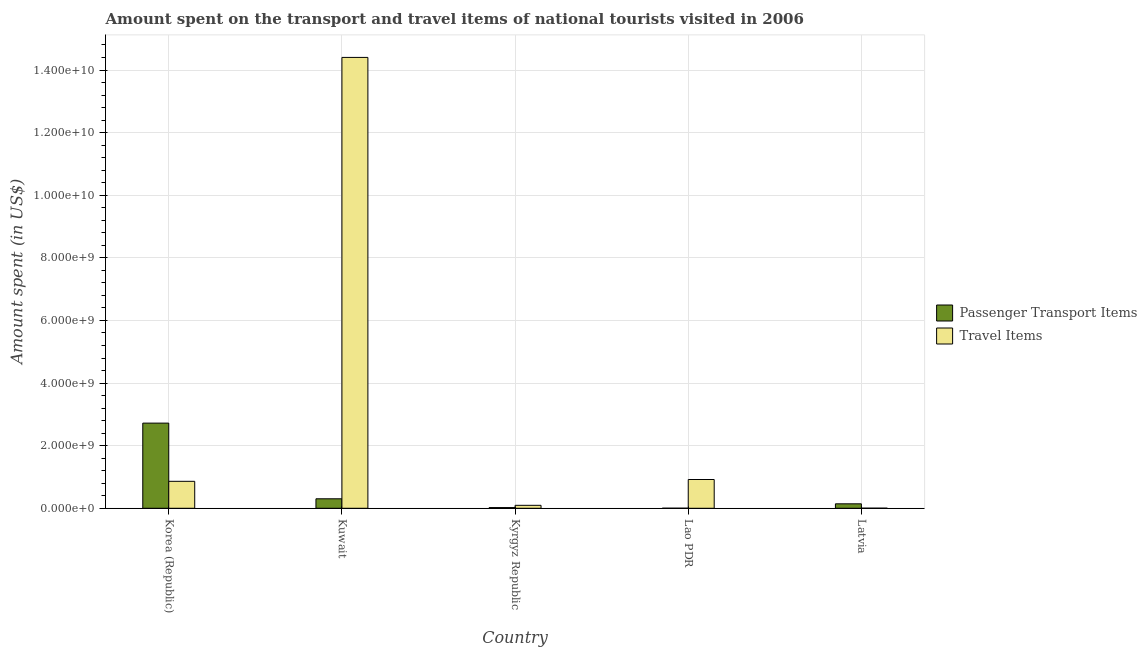
| Country | Passenger Transport Items | Travel Items |
 | --- | --- | --- |
 | Korea (Republic) | 2.72e+09 | 8.61e+08 |
 | Kuwait | 3.03e+08 | 1.44e+10 |
 | Kyrgyz Republic | 2.2e+07 | 9.4e+07 |
 | Lao PDR | 2e+06 | 9.19e+08 |
 | Latvia | 1.42e+08 | 2.8e+06 |